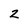
Character: z